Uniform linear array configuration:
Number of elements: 64
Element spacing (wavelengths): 0.25
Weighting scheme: hann
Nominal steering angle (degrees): -60
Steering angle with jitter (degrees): -59.233
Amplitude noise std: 0.05
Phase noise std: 0.05

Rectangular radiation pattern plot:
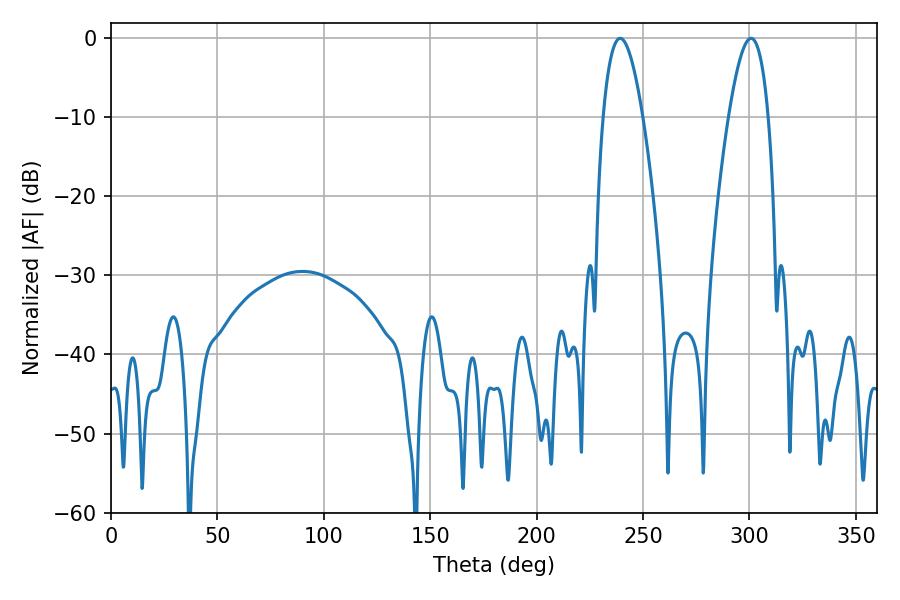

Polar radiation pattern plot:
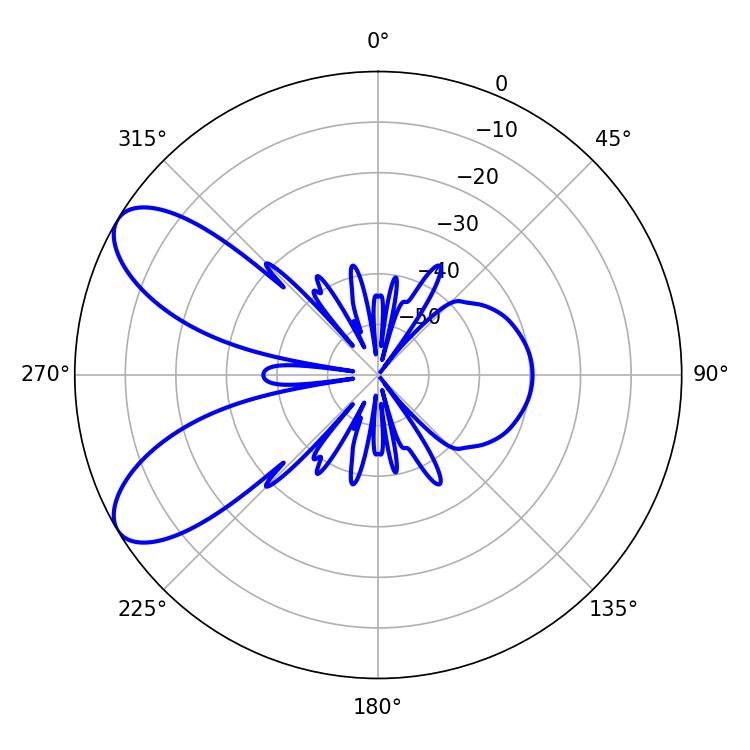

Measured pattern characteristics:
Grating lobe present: FALSE
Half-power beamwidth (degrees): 10.26
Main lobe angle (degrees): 239.22